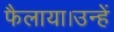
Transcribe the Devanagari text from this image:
फैलाया।उन्हें